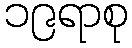
၁၉ရာစု